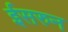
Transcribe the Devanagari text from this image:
ईसरुन